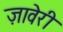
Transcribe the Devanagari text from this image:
ज़ावेरी